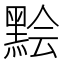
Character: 𪑅